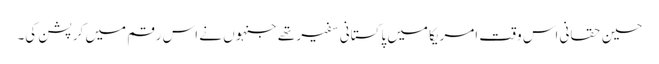
حسین حقانی اس وقت امریکا میں پاکستانی سفیر تھے جنہوں نے اس رقم میں کرپشن کی۔